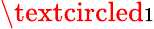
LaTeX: \textcircled{\scriptsize{1}}